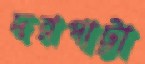
দরপাট্টা